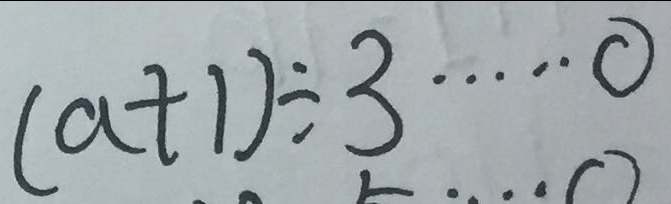
( a + 1 ) \div 3 \cdots 0